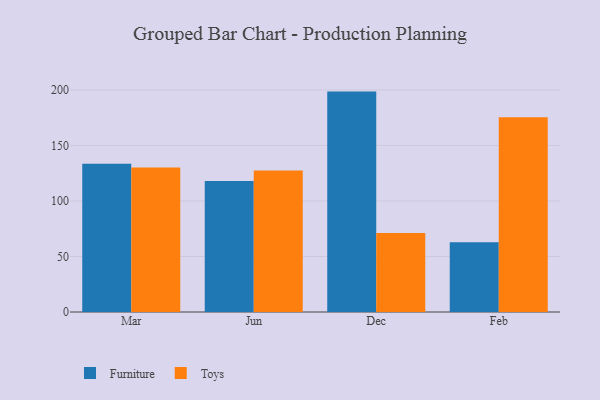
{"axis": {"x": "Month", "y": "Customer Acquisition Cost (USD)"}, "legend": ["Furniture", "Toys"], "data": [{"x": "Mar", "y": 133.5, "type": "Furniture"}, {"x": "Mar", "y": 130.1, "type": "Toys"}, {"x": "Jun", "y": 118.0, "type": "Furniture"}, {"x": "Jun", "y": 127.4, "type": "Toys"}, {"x": "Dec", "y": 198.5, "type": "Furniture"}, {"x": "Dec", "y": 71.1, "type": "Toys"}, {"x": "Feb", "y": 62.8, "type": "Furniture"}, {"x": "Feb", "y": 175.5, "type": "Toys"}]}